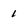
Character: 1